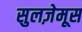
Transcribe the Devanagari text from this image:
सुलज़ेमूस